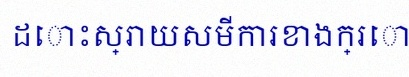
ដោះស្រាយសមីការខាងក្រោម